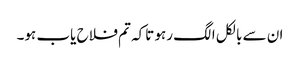
ان سے بالکل الگ رہو تاکہ تم فلاح یاب ہو۔